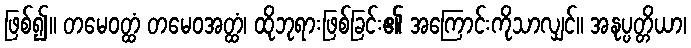
ဖြစ်၍။ တမေဝတ္ထံ တမေဝအတ္ထံ၊ ထိုဘုရားဖြစ်ခြင်း၏ အကြောင်းကိုသာလျှင်။ အနုပ္ပတ္တိယာ၊